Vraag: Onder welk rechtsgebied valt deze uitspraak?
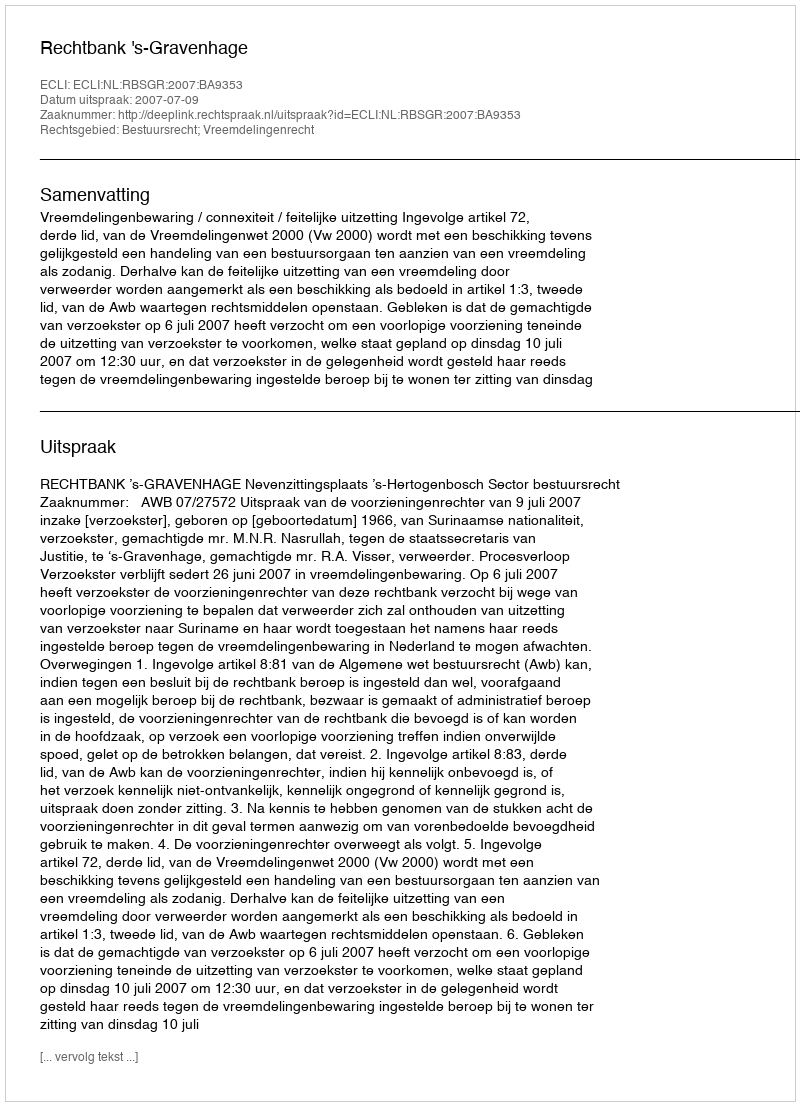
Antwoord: Bestuursrecht; Vreemdelingenrecht